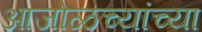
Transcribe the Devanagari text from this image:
आजोळच्यांच्या